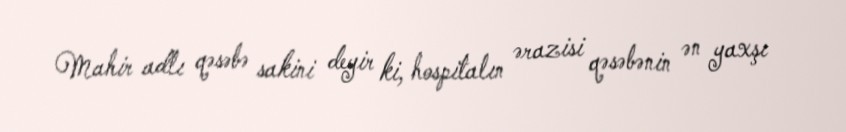
Mahir adlı qəsəbə sakini deyir ki, hospitalın ərazisi qəsəbənin ən yaxşı